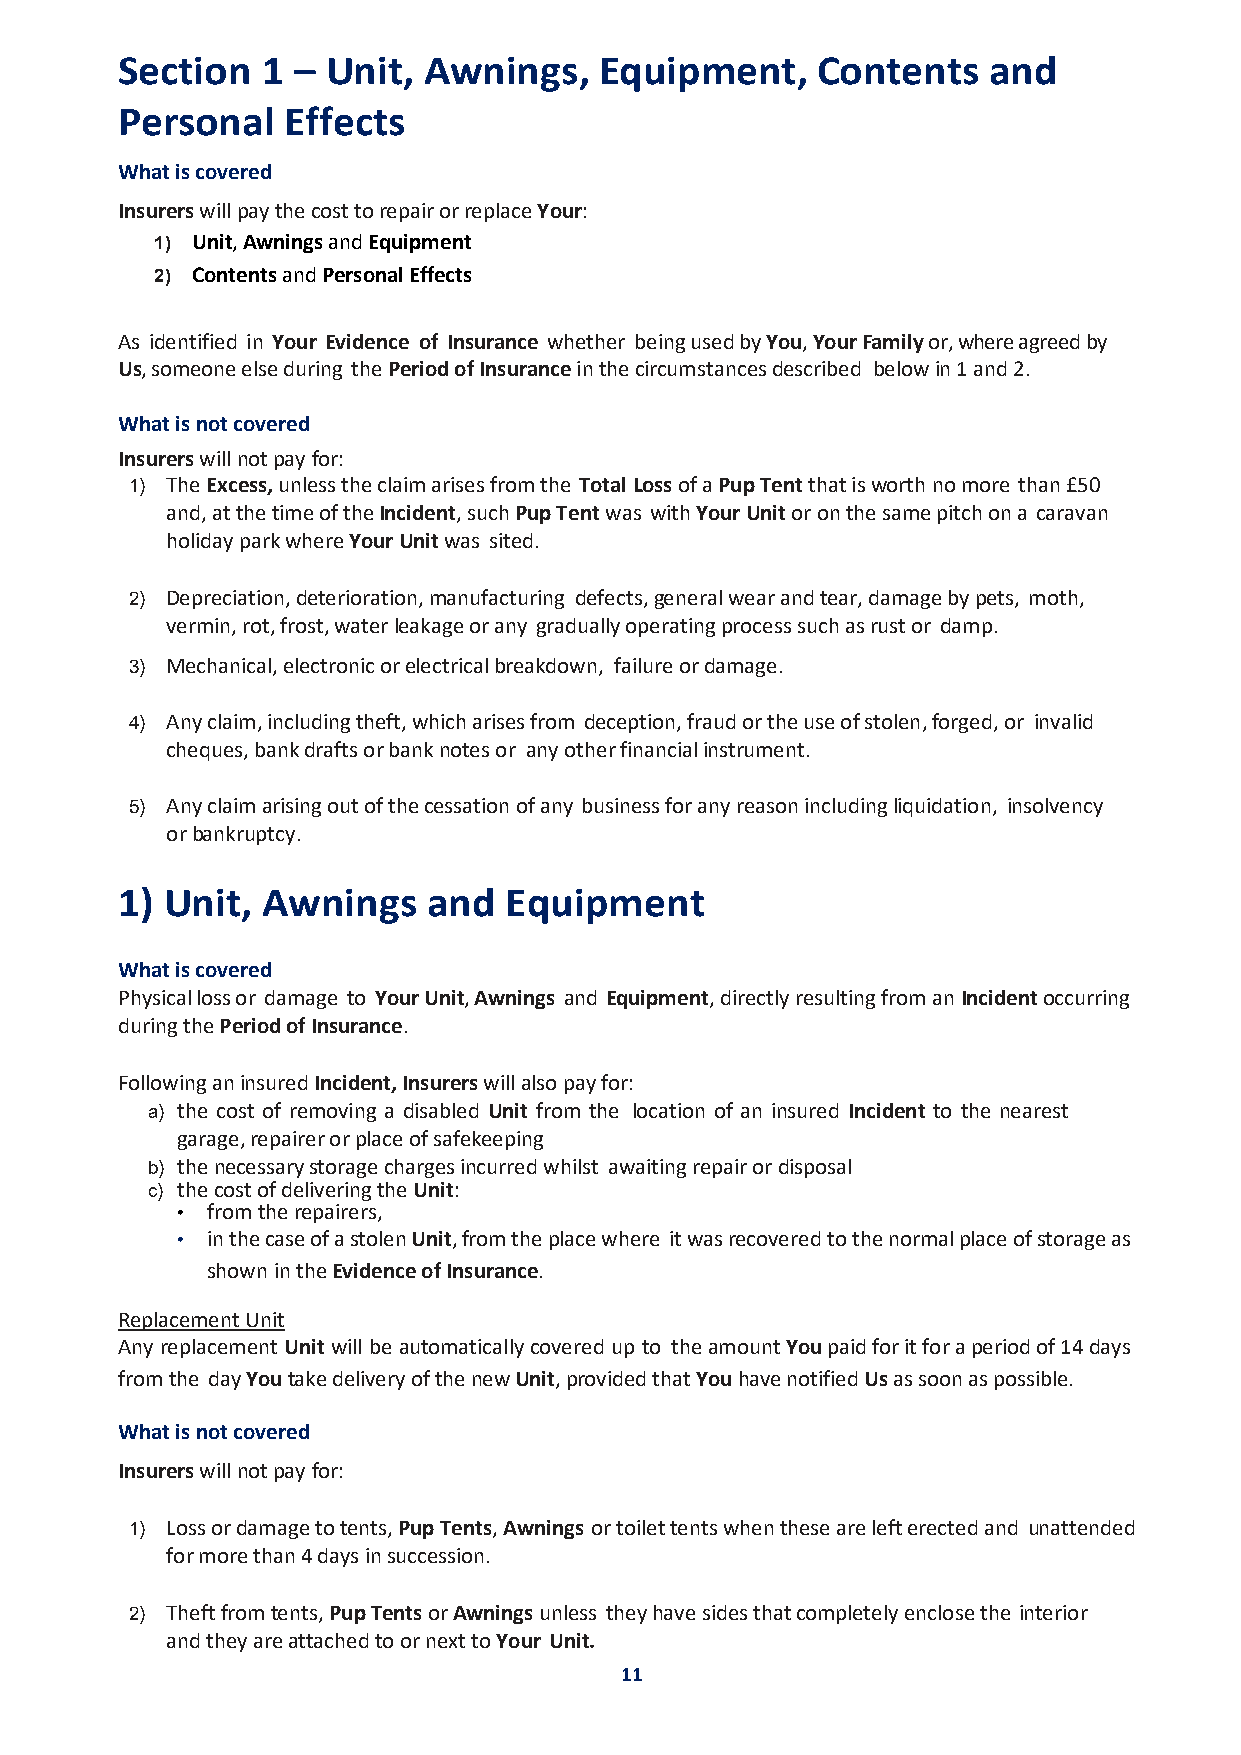
Section  1 –  Unit, Awnings,    Equipment,    Contents   and
 Personal   Effects
 What is covered
 Insurers will pay the cost to repair or replace Your:
 1) Unit, Awnings and Equipment
 2) Contents and Personal Effects
 As identified in Your Evidence of Insurance whether being used by You, Your Family or, where agreed by
 Us, someone else during the Period of Insurance in the circumstances described below in 1 and 2.
 What is not covered
 Insurers will not pay for:
 1) The Excess, unless the claim arises from the Total Loss of a Pup Tent that is worth no more than £50
 and, at the time of the Incident, such Pup Tent was with Your Unit or on the same pitch on a caravan
 holiday park where Your Unit was sited.
 2) Depreciation, deterioration, manufacturing defects, general wear and tear, damage by pets, moth,
 vermin, rot, frost, water leakage or any gradually operating process such as rust or damp.
 3) Mechanical, electronic or electrical breakdown, failure or damage.
 4) Any claim, including theft, which arises from deception, fraud or the use of stolen, forged, or invalid
 cheques, bank drafts or bank notes or any other financial instrument.
 5) Any claim arising out of the cessation of any business for any reason including liquidation, insolvency
 or bankruptcy.
 1) Unit, Awnings    and  Equipment
 What is covered
 Physical loss or damage to Your Unit, Awnings and Equipment, directly resulting from an Incident occurring
 during the Period of Insurance.
 Following an insured Incident, Insurers will also pay for:
 a) the cost of removing a disabled Unit from the location of an insured Incident to the nearest
 garage, repairer or place of safekeeping
 b) the necessary storage charges incurred whilst awaiting repair or disposal
 c) the cost of delivering the Unit:
 • from the repairers,
 • in the case of a stolen Unit, from the place where it was recovered to the normal place of storage as
 shown in the Evidence of Insurance.
 Replacement Unit
 Any replacement Unit will be automatically covered up to the amount You paid for it for a period of 14 days
 from the day You take delivery of the new Unit, provided that You have notified Us as soon as possible.
 What is not covered
 Insurers will not pay for:
 1) Loss or damage to tents, Pup Tents, Awnings or toilet tents when these are left erected and unattended
 for more than 4 days in succession.
 2) Theft from tents, Pup Tents or Awnings unless they have sides that completely enclose the interior
 and they are attached to or next to Your Unit.
 11